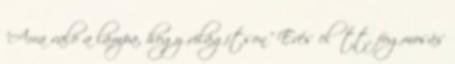
"Arra való a lámpa, hogy világítson" Evés előtt, fogmosás